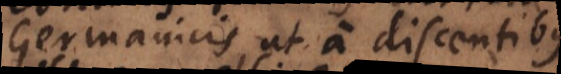
Germanicis, ut a discentibus